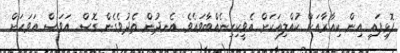
ފޮޅިފައި އިން ކިއާރާއަށް ކުއްލިއަކަށް އެވީކިހިނެއްބާވައެވެ. އެނދުން ތެދުވެގެން ގޮސް އަވަސް އަވަހަށް